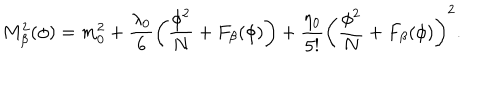
M _ { \beta } ^ { 2 } ( \phi ) = m _ { 0 } ^ { 2 } + \frac { \lambda _ { 0 } } { 6 } \left( \frac { \phi ^ { 2 } } { N } + F _ { \beta } ( \phi ) \right) + \frac { \eta _ { 0 } } { 5 ! } \left( \frac { \phi ^ { 2 } } { N } + F _ { \beta } ( \phi ) \right) ^ { 2 } .